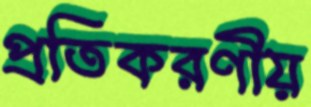
প্রতিকরণীয়